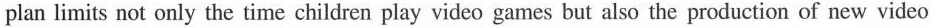
plan limits not only the time children play video games but also the production of new video